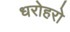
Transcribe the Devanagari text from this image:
धरोहरो